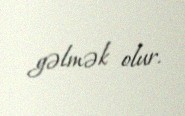
gəlmək olur.